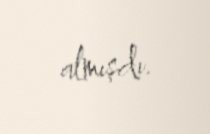
almışdı.